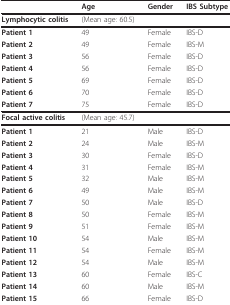
|  | Age | Gender | IBS Subtype |
 | --- | --- | --- | --- |
 | Lymphocytic colitis | (Mean age: 60.5) |  |  |
 | Patient 1 | 49 | Female | IBS-D |
 | Patient 2 | 49 | Female | IBS-M |
 | Patient 3 | 56 | Female | IBS-D |
 | Patient 4 | 56 | Female | IBS-D |
 | Patient 5 | 69 | Female | IBS-D |
 | Patient 6 | 70 | Female | IBS-D |
 | Patient 7 | 75 | Female | IBS-D |
 | Focal active colitis | (Mean age: 45.7) |  |  |
 | Patient 1 | 21 | Male | IBS-D |
 | Patient 2 | 24 | Male | IBS-M |
 | Patient 3 | 30 | Female | IBS-D |
 | Patient 4 | 31 | Female | IBS-M |
 | Patient 5 | 32 | Male | IBS-M |
 | Patient 6 | 49 | Male | IBS-M |
 | Patient 7 | 50 | Male | IBS-D |
 | Patient 8 | 50 | Female | IBS-M |
 | Patient 9 | 51 | Female | IBS-M |
 | Patient 10 | 54 | Male | IBS-M |
 | Patient 11 | 54 | Female | IBS-M |
 | Patient 12 | 54 | Male | IBS-M |
 | Patient 13 | 60 | Female | IBS-C |
 | Patient 14 | 60 | Male | IBS-M |
 | Patient 15 | 66 | Female | IBS-D |